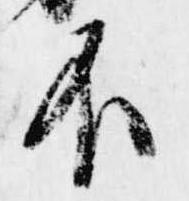
不